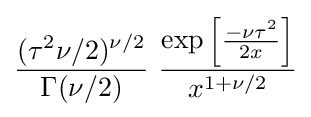
{\frac {(\tau ^{2}\nu /2)^{\nu /2}}{\Gamma (\nu /2)}}~{\frac {\exp \left[{\frac {-\nu \tau ^{2}}{2x}}\right]}{x^{1+\nu /2}}}